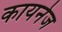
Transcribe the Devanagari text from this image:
कायनेज